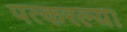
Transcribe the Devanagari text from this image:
पत्करल्या